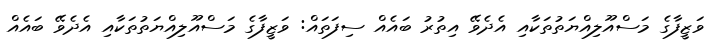
ވަޒީފާގެ މަސްއޫލިއްޔަތުތަކާއި އެދެވޭ އިތުރު ބައެއް ސިފަތައް: ވަޒީފާގެ މަސްއޫލިއްޔަތުތަކާއި އެދެވޭ ބައެއް